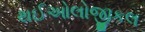
થઈઓલોજીકલ